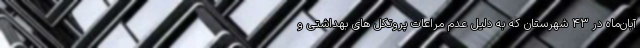
آبان‌ماه در ۴۳ شهرستان که به دلیل عدم مراعات پروتکل های بهداشتی و